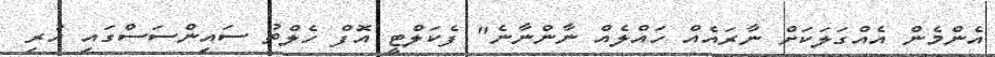
އެންމެން އެއްގަލަކަށް ނާރައެއް ހައްލެއް ނާންނާނެ" ފެކަލްޓީ އޮފް ހެލްތު ސައިންސަސްގައި ހުރި